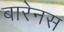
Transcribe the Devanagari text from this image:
बारेनस